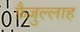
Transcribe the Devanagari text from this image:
फ़ैज़ुल्लाह